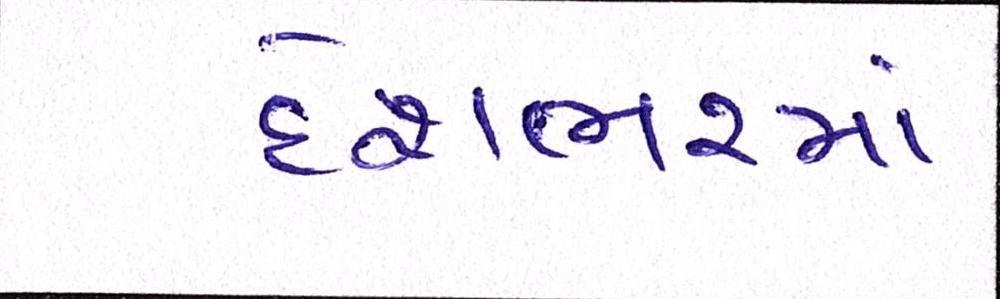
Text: દેશભરમાં